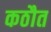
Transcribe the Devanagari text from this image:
कठौत